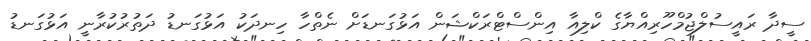
ސީދާ ރައީސުލްޖުމްހޫރިއްޔާގެ ކްލިއާ އިންސްޓްރަކްޝަން އަޅުގަނޑަށް ނެތްހާ ހިނދަކު އަޅުގަނޑު ދަތުރުކުރާނީ އަޅުގަނޑު